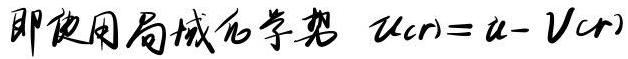
即使用局域化学势 $\mu(\boldsymbol{r}) = \mu - V(\boldsymbol{r})$